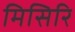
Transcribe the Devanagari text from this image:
मिसिरि